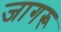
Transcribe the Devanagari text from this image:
जागरू